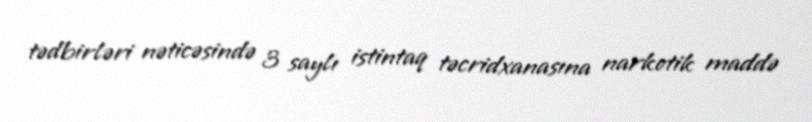
tədbirləri nəticəsində 3 saylı istintaq təcridxanasına narkotik maddə